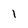
Character: 1